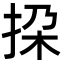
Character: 挅